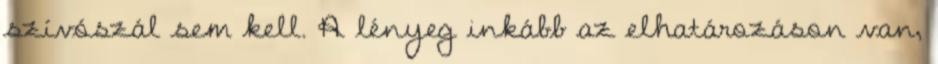
szívószál sem kell. A lényeg inkább az elhatározáson van,